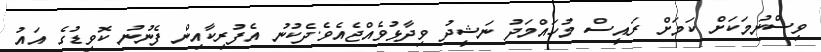
ވިސްނުމަކަށް ކަމަށް ރައީސް މުހައްމަދު ނަޝީދު ވިދާޅުވެއްޖެއެވެ.ދެކުނު އެފުރިކާއިން ފެނުނު ކޮވިޑުގެ އައު